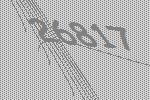
26817